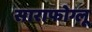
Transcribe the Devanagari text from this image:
साराफोग्लू